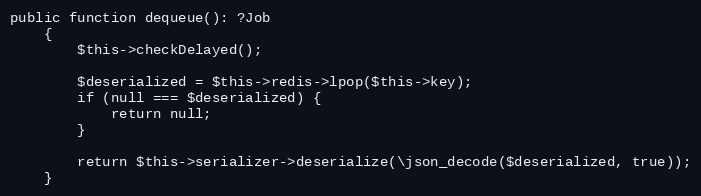
Language: PHP
public function dequeue(): ?Job
    {
        $this->checkDelayed();

        $deserialized = $this->redis->lpop($this->key);
        if (null === $deserialized) {
            return null;
        }

        return $this->serializer->deserialize(\json_decode($deserialized, true));
    }